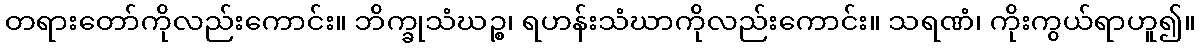
တရားတော်ကိုလည်းကောင်း။ ဘိက္ခုသံဃဉ္စ၊ ရဟန်းသံဃာကိုလည်းကောင်း။ သရဏံ၊ ကိုးကွယ်ရာဟူ၍။